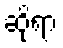
ဆိုရာ